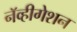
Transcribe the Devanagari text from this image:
नॅव्हीगेशन